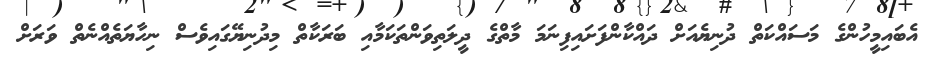
އެބައިމީހުންގެ މަސައްކަތް ދުނިޔެއަށް ދައްކާންފަށައިފިނަމަ މާތްގެ ދީލަތިވަންތަކަމާއި ބަރަކާތް މިދުނިޔޭގައިވެސް ނިހާޔަތެއްނެތް ވަރަށް